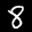
Label: 8